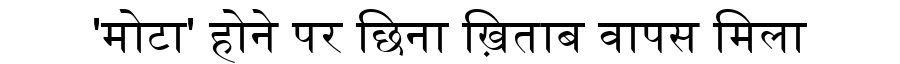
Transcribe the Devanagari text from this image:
'मोटा' होने पर छिना ख़िताब वापस मिला